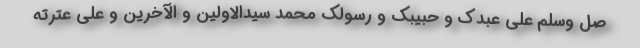
صل وسلم علی عبدک و حبیبک و رسولک محمد سیدالاولین و الآخرین و علی عترته